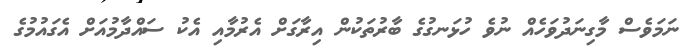
ނަމަވެސް މާގިނަދުވަހެއް ނުވެ ހުޅަނގުގެ ބާރުތަކުން އިރާގަށް އެރުމާއި އެކު ސައްދާމުއަށް އެގައުމުގެ